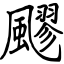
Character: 飂